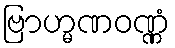
ဗြာဟ္မဏဝဏ္ဏံ